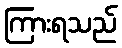
ကြားရသည်